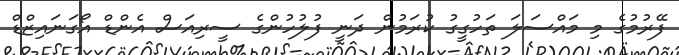
ފޭރުމުގެ މި މައްސަލަ ތަހުގީގު ކުރަމުން ދަނީ ފުލުހުންގެ ސީރިއަސް އެންޑް އޯގަނައިޒްޑް